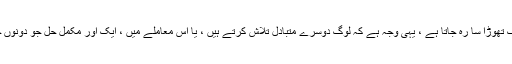
پھر بھی ، اس سے مطلوبہ حد تک تھوڑا سا رہ جاتا ہے ، یہی وجہ ہے کہ لوگ دوسرے متبادل تلاش کرتے ہیں ، یا اس معاملے میں ، ایک اور مکمل حل جو دونوں جہانوں میں بہترین پیش کرتا ہے۔